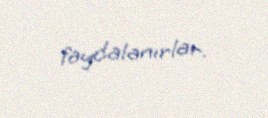
faydalanırlar.